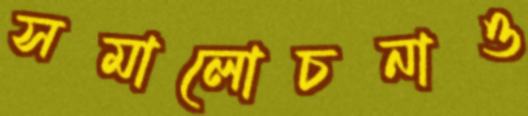
সমালোচনাও